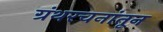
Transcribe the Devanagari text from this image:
ग्रंथरचनांतून